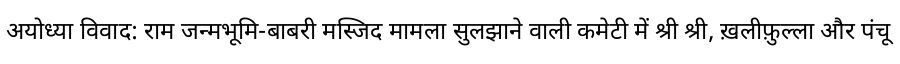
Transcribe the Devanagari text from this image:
अयोध्या विवाद: राम जन्मभूमि-बाबरी मस्जिद मामला सुलझाने वाली कमेटी में श्री श्री, ख़लीफ़ुल्ला और पंचू